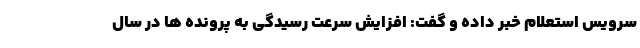
سرویس استعلام خبر داده و گفت: افزایش سرعت رسیدگی به پرونده ها در سال